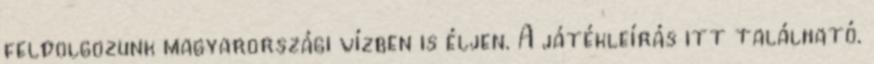
feldolgozunk magyarországi vízben is éljen. A játékleírás itt található.